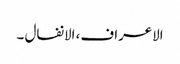
الاعراف، الانفال ۔